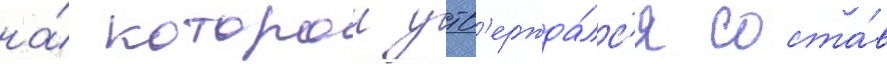
на́ которои утв'ержда́лс'я соста́в